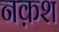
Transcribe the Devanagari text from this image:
नक़श